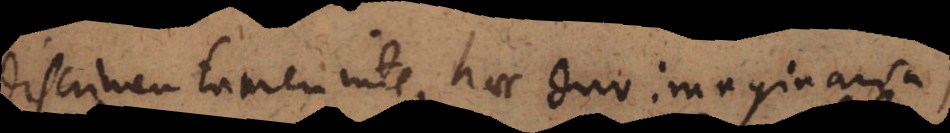
Discrimen tamen inter haec duo imaginaria,